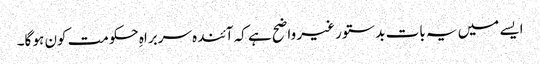
ایسے میں یہ بات بدستور غیر واضح ہے کہ آئندہ سربراہِ حکومت کون ہو گا۔